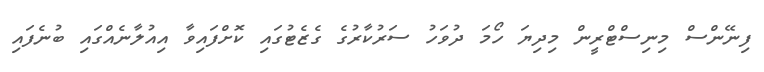
ފިނޭންސް މިނިސްޓްރީން މިދިޔަ ހޯމަ ދުވަހު ސަރުކާރުގެ ގެޒެޓުގައި ކޮށްފައިވާ އިއުލާނެއްގައި ބުނެފައި